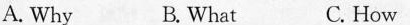
A. Why B.What C. How